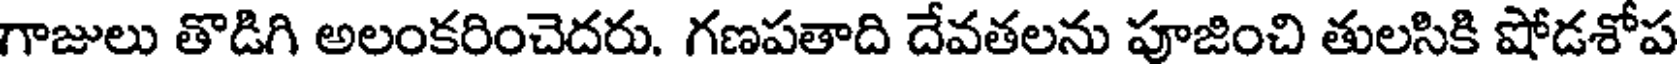
గాజులు తొడిగి అలంకరించెదరు. గణపతాది దేవతలను పూజించి తులసికి షోడశోప